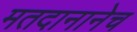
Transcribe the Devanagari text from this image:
मतदानानेच